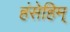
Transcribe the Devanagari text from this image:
हंसेहिम्‌